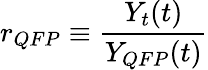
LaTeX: r_{QFP}\equiv\frac{Y_{t}(t)}{Y_{QFP}(t)}